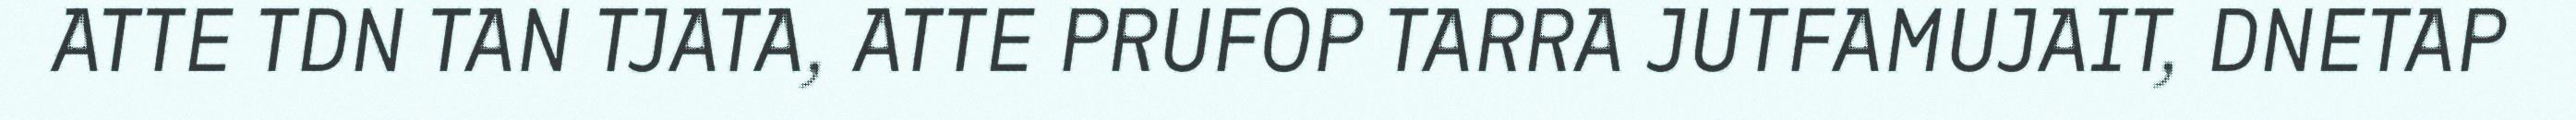
ATTE TDN TAN TJATA, ATTE PRUFOP TARRA JUTFAMUJAIT, DNETAP